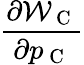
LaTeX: \frac{\partial\mathcal{W}_{\mathrm{~C~}}}{\partial p_{\mathrm{~C~}}}